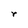
Character: r